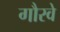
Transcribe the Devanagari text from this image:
गौरवे